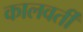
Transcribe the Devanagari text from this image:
कालवर्ती